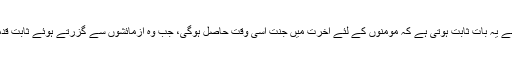
مندرجہ بالا تفصیل سے یہ بات ثابت ہوتی ہے کہ مؤمنوں کے لئے آخرت میں جنت اسی وقت حاصل ہوگی، جب وہ آزمائشوں سے گزرتے ہوئے ثابت قدمی کا ثبوت دیں گے۔